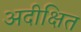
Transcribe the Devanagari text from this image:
अदीक्षित